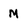
Character: M